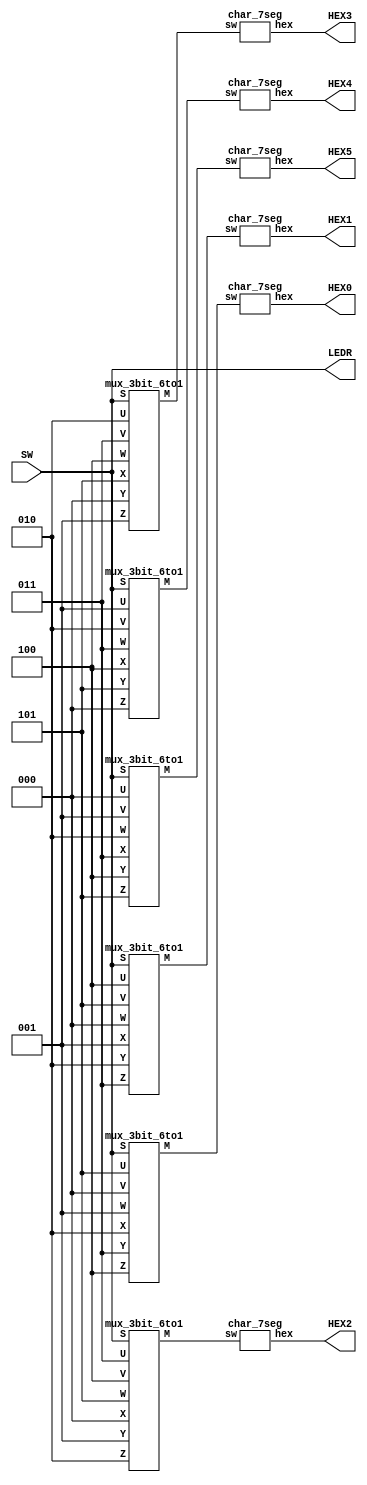




module part6(SW,LEDR,HEX5 ,HEX4,HEX3,HEX2,HEX1,HEX0);

input [9:7] SW; 
output [9:7] LEDR;
output [6:0]HEX5 ,HEX4,HEX3,HEX2,HEX1,HEX0;

wire [2:0] M5,M4,M3,M2,M1,M0;

mux_3bit_6to1  m5(SW[9:7],3'd0,3'd1,3'd2,3'd3,3'd4,3'd5,M5);
mux_3bit_6to1  m4(SW[9:7],3'd1,3'd2,3'd3,3'd4,3'd5,3'd0,M4);
mux_3bit_6to1  m3(SW[9:7],3'd2,3'd3,3'd4,3'd5,3'd0,3'd1,M3);
mux_3bit_6to1  m2(SW[9:7],3'd3,3'd4,3'd5,3'd0,3'd1,3'd2,M2);
mux_3bit_6to1  m1(SW[9:7],3'd4,3'd5,3'd0,3'd1,3'd2,3'd3,M1);
mux_3bit_6to1  m0(SW[9:7],3'd5,3'd0,3'd1,3'd2,3'd3,3'd4,M0);

char_7seg   h5(M5, HEX5);
char_7seg   h4(M4, HEX4);
char_7seg   h3(M3, HEX3);
char_7seg   h2(M2, HEX2);
char_7seg   h1(M1, HEX1);
char_7seg   h0(M0, HEX0);

 // Connect SW inputs to Select6to1 (for character rotation)
  assign LEDR[9:7] = SW[9:7];


endmodule

module char_7seg(sw,hex);
input [2:0]sw;
output [6:0]hex;

assign hex= (sw[2:0] == 3'b000 )? 7'b1111111:(sw[2:0]  == 3'b001 )?7'b1111111:(sw[2:0]  == 3'b010 )?7'b0100001:(sw[2:0]  == 3'b011 )?7'b0000110:(sw[2:0] == 3'b100) ?7'b1111001:7'b1000000;
endmodule

module mux_3bit_6to1(S, U, V, W, X, Y, Z, M);
input [2:0] S, U, V, W, X, Y,Z;
output [2:0] M;
assign M = (S== 3'b000 )? U:
           (S == 3'b001 )? V:
           (S == 3'b010 )? W:
           (S == 3'b011 )? X:
           (S == 3'b100 )? Y:Z;
endmodule